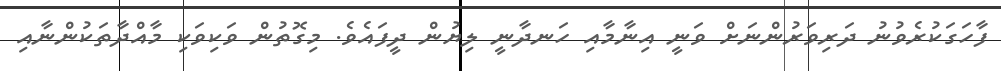
ފާހަގަކުރެވުނު ދަރިވަރުންނަށް ވަނީ އިނާމާއި ހަނދާނީ ލިޔުން ދީފައެވެ. މިގޮތުން ވަކިވަކި މާއްދާތަކުންނާއި